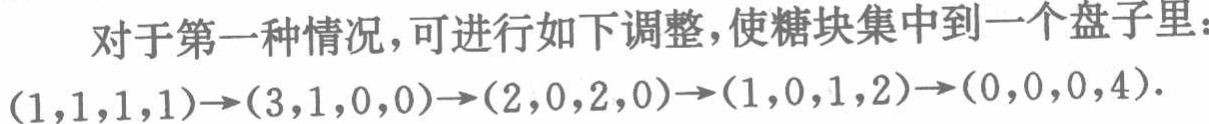
对于第一种情况，可进行如下调整，使糖块集中到一个盘子里：

\((1,1,1,1)\to(3,1,0,0)\to(2,0,2,0)\to(1,0,1,2)\to(0,0,0,4)\)．